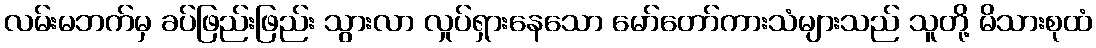
လမ်းမဘက်မှ ခပ်ဖြည်းဖြည်း သွားလာ လှုပ်ရှားနေသော မော်တော်ကားသံများသည် သူတို့ မိသားစုထံ